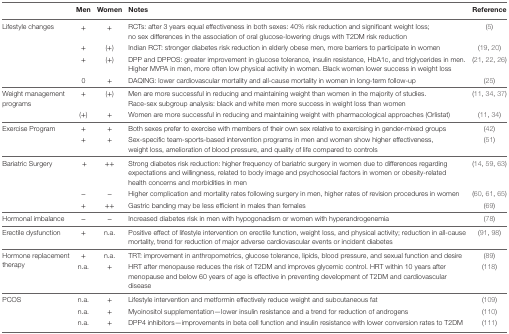
<table><thead><tr><td></td><td><b>Men</b></td><td><b>Women</b></td><td><b>Notes</b></td><td><b>Reference</b></td></tr></thead><tbody><tr><td rowspan="4">Lifestyle changes</td><td>+</td><td>+</td><td>RCTs: after 3 years equal effectiveness in both sexes: 40% risk reduction and significant weight loss; no sex differences in the association of oral glucose-lowering drugs with T2DM risk reduction</td><td>(5)</td></tr><tr><td>+</td><td>(+)</td><td>Indian RCT: stronger diabetes risk reduction in elderly obese men, more barriers to participate in women</td><td>(19, 20)</td></tr><tr><td>+</td><td>(+)</td><td>DPP and DPPOS: greater improvement in glucose tolerance, insulin resistance, HbA1c, and triglycerides in men. Higher MVPA in men, more often low physical activity in women. Black women lower success in weight loss</td><td>(21, 22, 26)</td></tr><tr><td>0</td><td>+</td><td>DAQING: lower cardiovascular mortality and all-cause mortality in women in long-term follow-up</td><td>(25)</td></tr><tr><td rowspan="2">Weight management programs</td><td>+</td><td>(+)</td><td>Men are more successful in reducing and maintaining weight than women in the majority of studies. Race-sex subgroup analysis: black and white men more success in weight loss than women</td><td>(11, 34, 37)</td></tr><tr><td>(+)</td><td>+</td><td>Women are more successful in reducing and maintaining weight with pharmacological approaches (Orlistat)</td><td>(11, 34)</td></tr><tr><td rowspan="2">Exercise Program</td><td>+</td><td>+</td><td>Both sexes prefer to exercise with members of their own sex relative to exercising in gender-mixed groups</td><td>(42)</td></tr><tr><td>+</td><td>+</td><td>Sex-specific team-sports-based intervention programs in men and women show higher effectiveness, weight loss, amelioration of blood pressure, and quality of life compared to controls</td><td>(51)</td></tr><tr><td rowspan="3">Bariatric Surgery</td><td> + </td><td>++</td><td>Strong diabetes risk reduction: higher frequency of bariatric surgery in women due to differences regarding expectations and willingness, related to body image and psychosocial factors in women or obesity-related health concerns and morbidities in men</td><td>(14, 59, 63)</td></tr><tr><td>−</td><td>−</td><td>Higher complication and mortality rates following surgery in men, higher rates of revision procedures in women</td><td>(60, 61, 65)</td></tr><tr><td>+</td><td>++</td><td>Gastric banding may be less efficient in males than females</td><td>(69)</td></tr><tr><td>Hormonal imbalance</td><td>−</td><td>−</td><td>Increased diabetes risk in men with hypogonadism or women with hyperandrogenemia</td><td>(78)</td></tr><tr><td>Erectile dysfunction</td><td>+</td><td>n.a.</td><td>Positive effect of lifestyle intervention on erectile function, weight loss, and physical activity; reduction in all-cause mortality, trend for reduction of major adverse cardiovascular events or incident diabetes</td><td>(91, 98)</td></tr><tr><td rowspan="2">Hormone replacement therapy</td><td>+</td><td>n.a.</td><td>TRT: improvement in anthropometrics, glucose tolerance, lipids, blood pressure, and sexual function and desire</td><td>(89)</td></tr><tr><td>n.a.</td><td>+</td><td>HRT after menopause reduces the risk of T2DM and improves glycemic control. HRT within 10 years after menopause and below 60 years of age is effective in preventing development of T2DM and cardiovascular disease</td><td>(118)</td></tr><tr><td rowspan="3">PCOS</td><td>n.a.</td><td>+</td><td>Lifestyle intervention and metformin effectively reduce weight and subcutaneous fat</td><td>(109)</td></tr><tr><td>n.a.</td><td>+</td><td>Myoinositol supplementation—lower insulin resistance and a trend for reduction of androgens</td><td>(110)</td></tr><tr><td>n.a.</td><td>+</td><td>DPP4 inhibitors—improvements in beta cell function and insulin resistance with lower conversion rates to T2DM</td><td>(111)</td></tr></tbody></table>